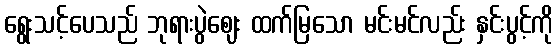
ရွေးသင့်ပေသည် ဘုရားပွဲဈေး ထက်မြသော မင်းမင်လည်း နှင်းပွင့်ကို